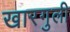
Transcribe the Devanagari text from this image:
खारगुली